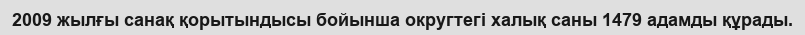
2009 жылғы санақ қорытындысы бойынша округтегі халық саны 1479 адамды құрады.